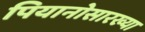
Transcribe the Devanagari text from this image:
पियानोसारख्या